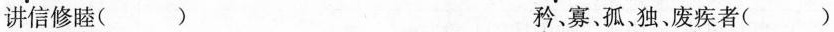
讲信修睦（）矜、寡、孤、独、废疾者（）